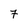
Character: 7